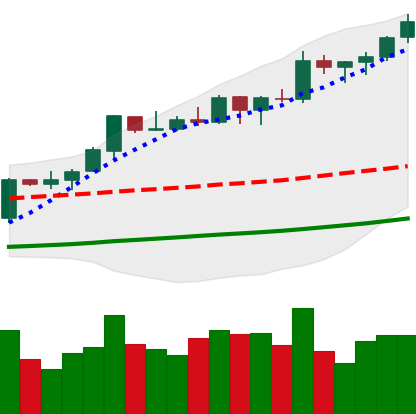
Ticker: BTC-USD
Chart end date: 2021-10-20
Forward return: -4.475%
Label: down_3_5